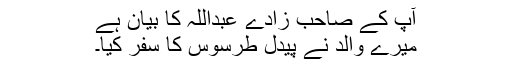
آپ کے صاحب زادے عبداللہ کا بیان ہے
میرے والد نے پیدل طرسوس کا سفر کیا۔